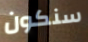
سنكون